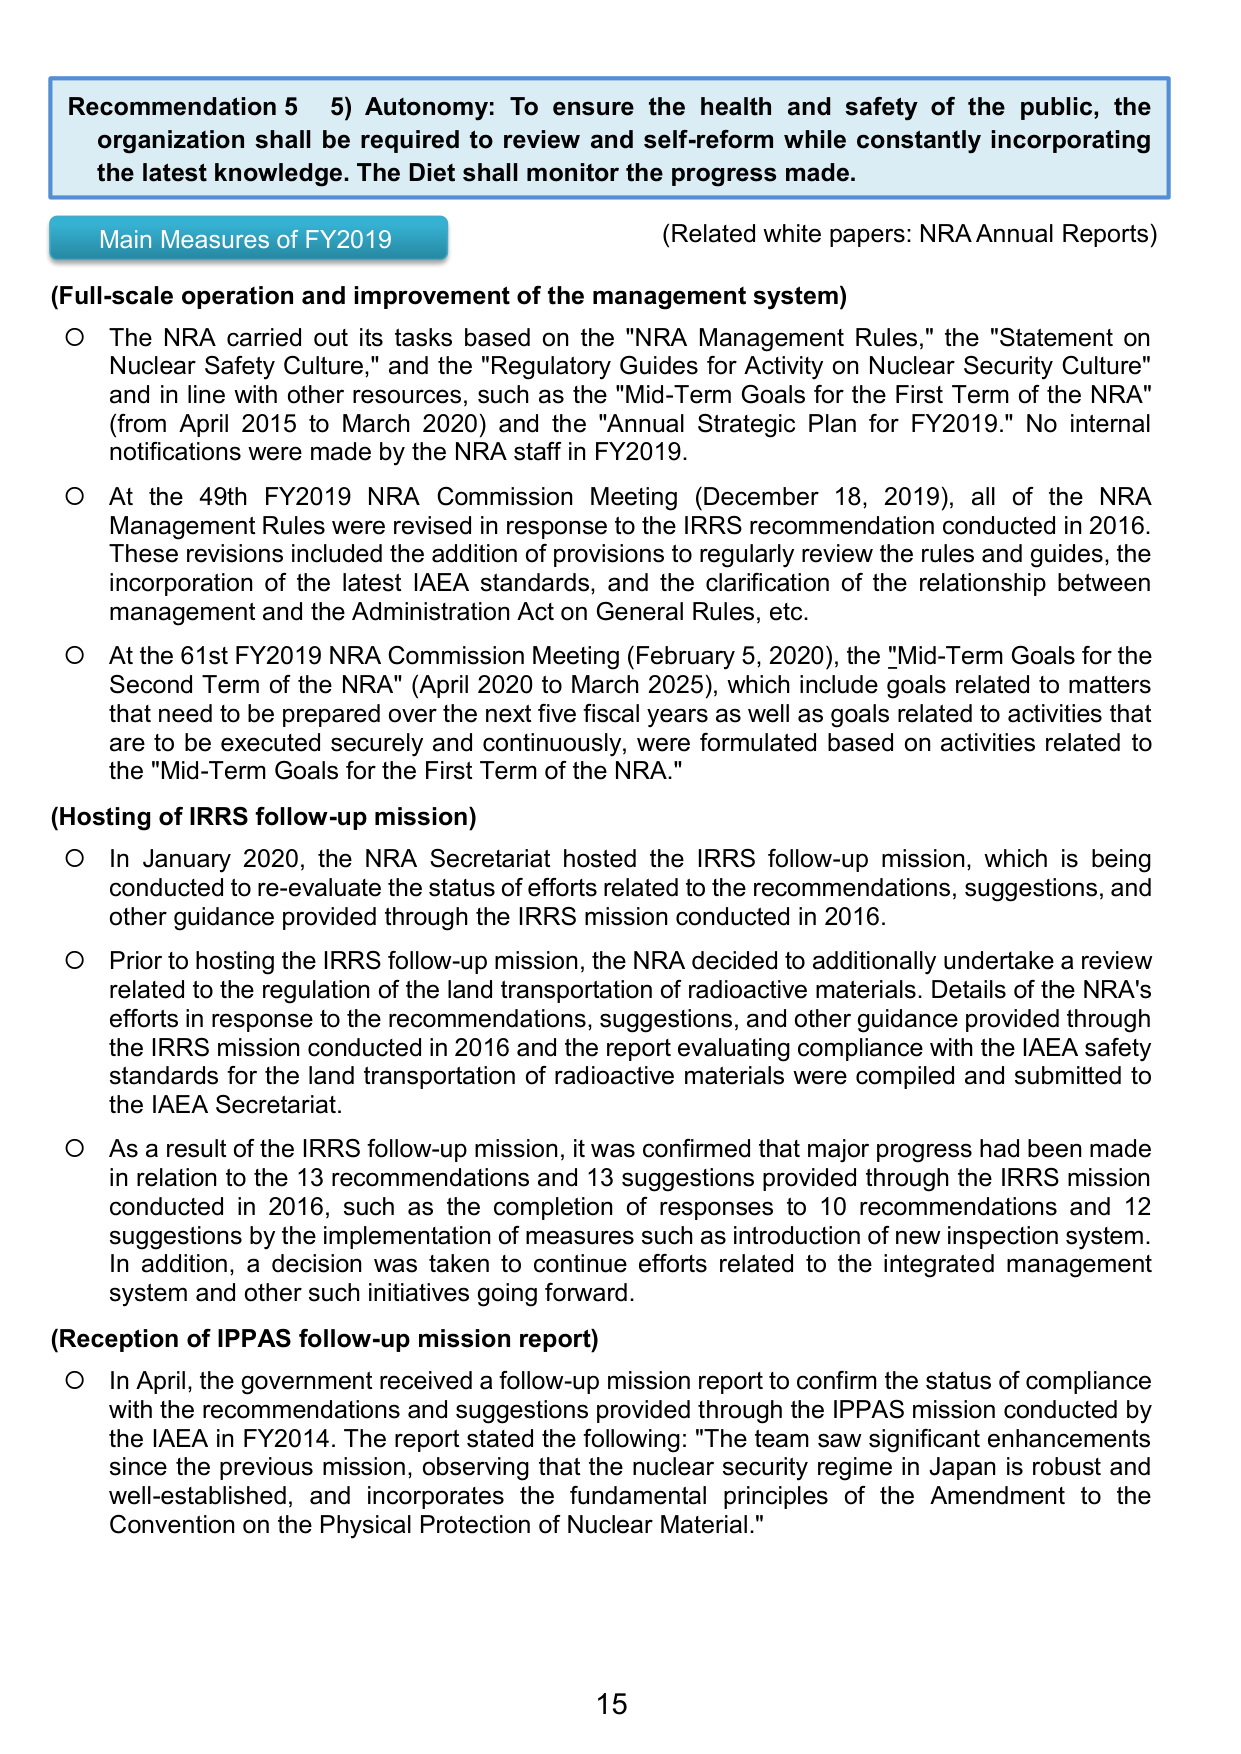
Recommendation 5 5) Autonomy: To ensure the health and safety of the public, the organization shall be required to review and self-reform while constantly incorporating the latest knowledge. The Diet shall monitor the progress made.

Main Measures of FY2019
(Related white papers: NRA Annual Reports)

(Full-scale operation and improvement of the management system)
○ The NRA carried out its tasks based on the "NRA Management Rules," the "Statement on Nuclear Safety Culture," and the "Regulatory Guides for Activity on Nuclear Security Culture" and in line with other resources, such as the "Mid-Term Goals for the First Term of the NRA" (from April 2015 to March 2020) and the "Annual Strategic Plan for FY2019." No internal notifications were made by the NRA staff in FY2019.
○ At the 49th FY2019 NRA Commission Meeting (December 18, 2019), all of the NRA Management Rules were revised in response to the IRRS recommendation conducted in 2016. These revisions included the addition of provisions to regularly review the rules and guides, the incorporation of the latest IAEA standards, and the clarification of the relationship between management and the Administration Act on General Rules, etc.
○ At the 61st FY2019 NRA Commission Meeting (February 5, 2020), the "Mid-Term Goals for the Second Term of the NRA" (April 2020 to March 2025), which include goals related to matters that need to be prepared over the next five fiscal years as well as goals related to activities that are to be executed securely and continuously, were formulated based on activities related to the "Mid-Term Goals for the First Term of the NRA."

(Hosting of IRRS follow-up mission)
○ In January 2020, the NRA Secretariat hosted the IRRS follow-up mission, which is being conducted to re-evaluate the status of efforts related to the recommendations, suggestions, and other guidance provided through the IRRS mission conducted in 2016.
○ Prior to hosting the IRRS follow-up mission, the NRA decided to additionally undertake a review related to the regulation of the land transportation of radioactive materials. Details of the NRA's efforts in response to the recommendations, suggestions, and other guidance provided through the IRRS mission conducted in 2016 and the report evaluating compliance with the IAEA safety standards for the land transportation of radioactive materials were compiled and submitted to the IAEA Secretariat.
○ As a result of the IRRS follow-up mission, it was confirmed that major progress had been made in relation to the 13 recommendations and 13 suggestions provided through the IRRS mission conducted in 2016, such as the completion of responses to 10 recommendations and 12 suggestions by the implementation of measures such as introduction of new inspection system. In addition, a decision was taken to continue efforts related to the integrated management system and other such initiatives going forward.

(Reception of IPPAS follow-up mission report)
○ In April, the government received a follow-up mission report to confirm the status of compliance with the recommendations and suggestions provided through the IPPAS mission conducted by the IAEA in FY2014. The report stated the following: "The team saw significant enhancements since the previous mission, observing that the nuclear security regime in Japan is robust and well-established, and incorporates the fundamental principles of the Amendment to the Convention on the Physical Protection of Nuclear Material."

15